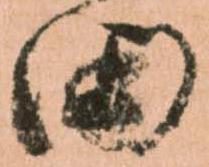
田